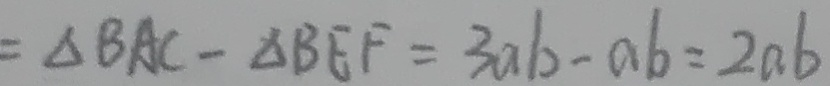
= \Delta B A C - \Delta B E F = 3 a b - a b = 2 a b